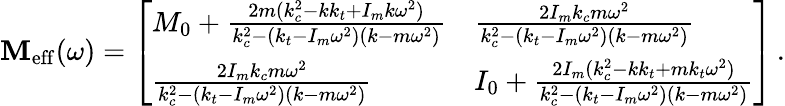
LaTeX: \mathbf{M}_{\mathrm{eff}}(\omega)=\left[\begin{array}{ll}{M_{0}+\frac{2m(k_{c}^{2}-kk_{t}+I_{m}k\omega^{2})}{k_{c}^{2}-(k_{t}-I_{m}\omega^{2})(k-m\omega^{2})}}&{\frac{2I_{m}k_{c}m\omega^{2}}{k_{c}^{2}-(k_{t}-I_{m}\omega^{2})(k-m\omega^{2})}}\\ {\frac{2I_{m}k_{c}m\omega^{2}}{k_{c}^{2}-(k_{t}-I_{m}\omega^{2})(k-m\omega^{2})}}&{I_{0}+\frac{2I_{m}(k_{c}^{2}-kk_{t}+mk_{t}\omega^{2})}{k_{c}^{2}-(k_{t}-I_{m}\omega^{2})(k-m\omega^{2})}}\end{array}\right]\, .